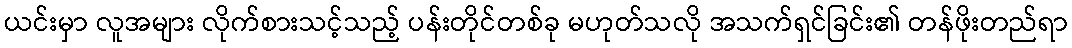
ယင်းမှာ လူအများ လိုက်စားသင့်သည့် ပန်းတိုင်တစ်ခု မဟုတ်သလို အသက်ရှင်ခြင်း၏ တန်ဖိုးတည်ရာ